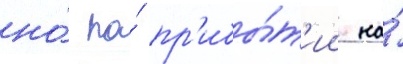
но́ по́ пр'ибы́т'ии на́